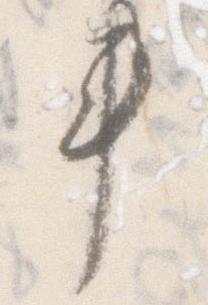
書